画像に写った文字を読んでください
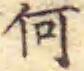
「何」と書いてあります